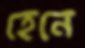
হেনে